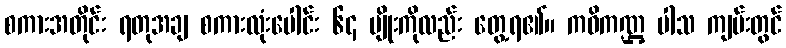
စကားအတိုင်း ရတုအချ စကားလုံးပေါင်း ၆၄ မျိုးကိုလည်း တွေ့ရ၏။ ကဝိကဏ္ဌ ပါသ ကျမ်းတွင်